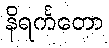
နိရင်္ကတော